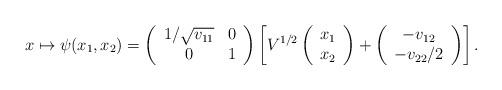
LaTeX: \begin{align*}x \mapsto \psi(x_1,x_2)=\left(\begin{array}{cc}1/\sqrt{v_{11}} & 0\\0 & 1\end{array}\right) \left[V^{1/2}\left(\begin{array}{c}x_1\\x_2\end{array}\right) + \left(\begin{array}{c}-v_{12}\\{-v_{22}/2}\end{array}\right)\right].\end{align*}